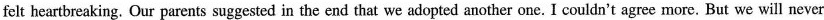
felt heartbreaking. Our parents suggested in the end that we adopted another one. I couldn't agree more. But we will never